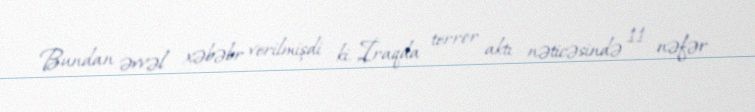
Bundan əvvəl xəbəbr verilmişdi ki, İraqda terror aktı nəticəsində 11 nəfər